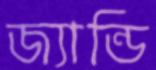
জ্যান্ডি